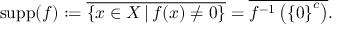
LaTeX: \operatorname { s u p p } ( f ) : = { \overline { { \{ x \in X \, | \, f ( x ) \neq 0 \} } } } = { \overline { { f ^ { - 1 } \left( \left\{ 0 \right\} ^ { c } \right) } } } .